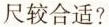
尺较合适?